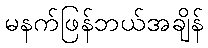
မနက်ဖြန်ဘယ်အချိန်